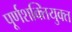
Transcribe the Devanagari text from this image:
पूर्णशक्तियुक्त